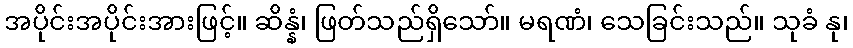
အပိုင်းအပိုင်းအားဖြင့်။ ဆိန္နံ၊ ဖြတ်သည်ရှိသော်။ မရဏံ၊ သေခြင်းသည်။ သုခံ နု၊